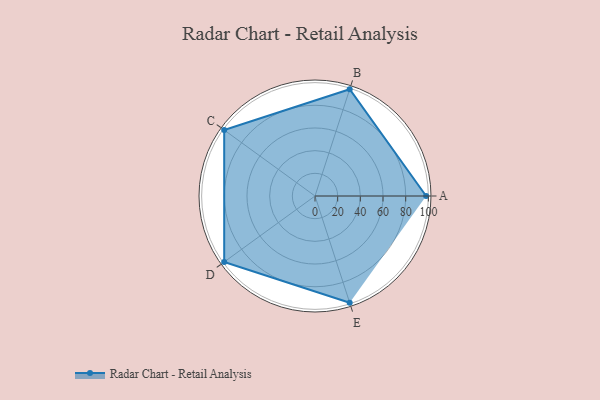
{"axis": {"x": "Skill", "y": "Score"}, "legend": ["Profile"], "data": [{"x": "A", "y": 98.0, "type": "Profile"}, {"x": "B", "y": 99.0, "type": "Profile"}, {"x": "C", "y": 99, "type": "Profile"}, {"x": "D", "y": 99, "type": "Profile"}, {"x": "E", "y": 99, "type": "Profile"}]}